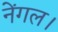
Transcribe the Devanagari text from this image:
नेंगल।